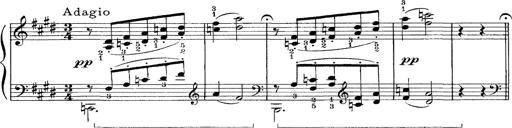
Title: FÃ¼nf KlavierstÃ¼cke
Composer: Franz Liszt